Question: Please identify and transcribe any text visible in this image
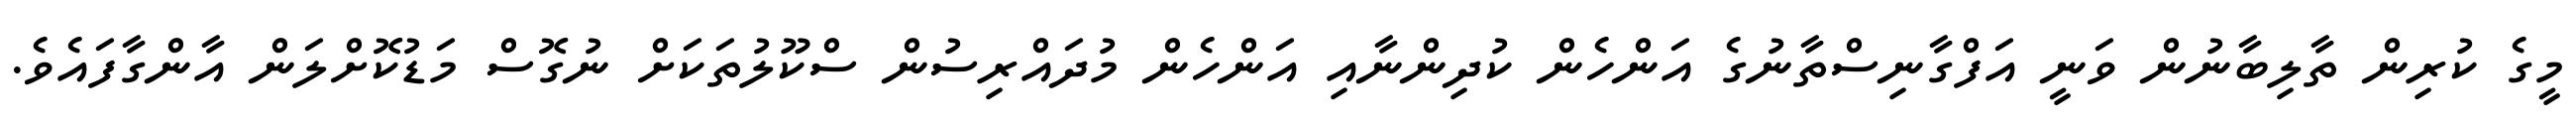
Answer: މީގެ ކުރިން ތާލިބާނުން ވަނީ އަފްގާނިސްތާނުގެ އަންހެން ކުދިންނާއި އަންހެން މުދައްރިސުން ސްކޫލުތަކަށް ނުގޮސް މަޑުކޮށްލަން އާންގާފައެވެ.